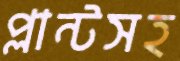
প্লান্টসহ